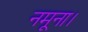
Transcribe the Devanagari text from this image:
नमूना।